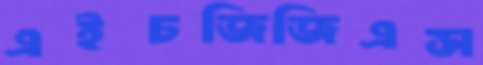
এইচজিজিএস